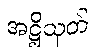
အဋ္ဌိသုတ်